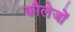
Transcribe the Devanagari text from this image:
कौलेजों